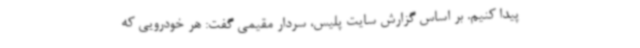
پیدا کنیم. بر اساس گزارش سایت پلیس، سردار مقیمی گفت: هر خودرویی که